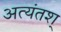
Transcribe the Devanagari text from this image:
अत्यंतश्